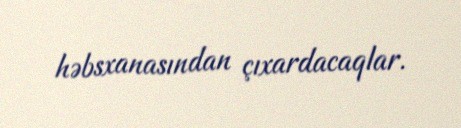
həbsxanasından çıxardacaqlar.